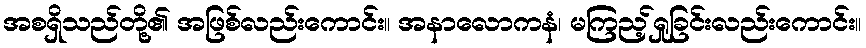
အစရှိသည်တို့၏ အဖြစ်လည်းကောင်း။ အနာလောကနံ၊ မကြည့်ရှုခြင်းလည်းကောင်း။